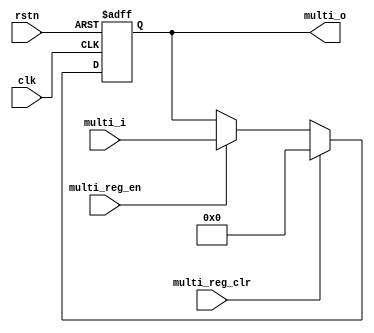
/******************************************************************
*Module name : multi_reg
*Type        : Verilog Module
*
*Description : Computes the full size convolution length
*------------------------------------------------------------------
*	clocks    : posedge clock "clk"
*	reset		 : sync rstn, async reg_clr
* 
*Parameters  : none
*
******************************************************************/
module multi_reg(
	input clk,
	input rstn,
	input [15:0] multi_i,
	input multi_reg_en,
	input multi_reg_clr,
	
	output reg [15:0] multi_o);

	
always@(posedge clk or negedge rstn) 
begin
		if(!rstn)
			multi_o <= 16'h0000;
		else if(multi_reg_clr)
			multi_o <= 16'h0000;
		else if(multi_reg_en)
			multi_o <= multi_i;
end
endmodule